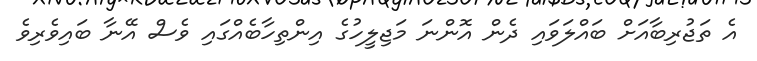
އެ ތަޖުރިބާއަށް ބައްލަވައި ދެން އޮންނަ މަޖިލީހުގެ އިންތިހާބެއްގައި ވެސް އޭނާ ބައިވެރިވެ